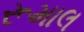
રૂમાલ